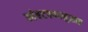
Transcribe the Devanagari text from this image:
आंबटपणानुसार